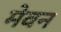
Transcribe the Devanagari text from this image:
मेवन